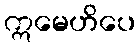
ဣမေဟိပေ